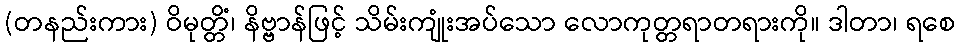
(တနည်းကား) ဝိမုတ္တိံ၊ နိဗ္ဗာန်ဖြင့် သိမ်းကျုံးအပ်သော လောကုတ္တရာတရားကို။ ဒါတာ၊ ရစေ